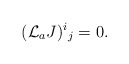
\begin{align*}({\cal L}_a J)^i{}_j = 0 . \end{align*}